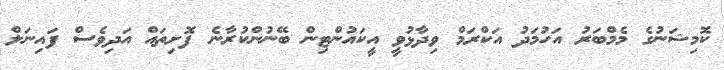
ކޮމިޝަނުގެ މެމްބަރު އަހުމަދު އަކްރަމް ވިދާޅުވީ އީކައުންޓިން ބޭނުންކުރާނެ ފޮށިތައް އަދިވެސް ފައިނަލް